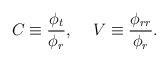
LaTeX: \begin{align*}C\equiv\frac{\phi_t}{\phi_r},\hspace*{5mm}V\equiv\frac{\phi_{rr}}{\phi_r}.\end{align*}